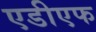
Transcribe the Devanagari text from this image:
एडीएफ